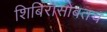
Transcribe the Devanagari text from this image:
शिबिरांसोबतच